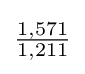
{\tfrac {1,571}{1,211}}